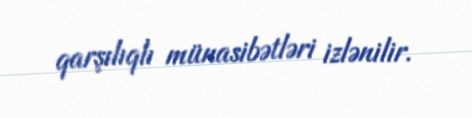
qarşılıqlı münasibətləri izlənilir.